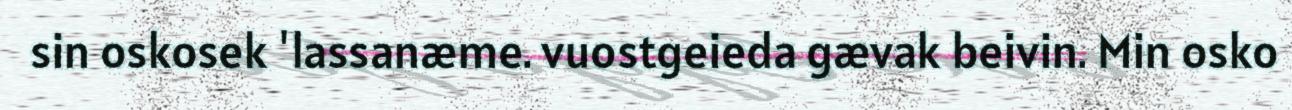
sin oskosek 'lassanæme. vuostgeieda gævak beivin. Min osko